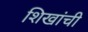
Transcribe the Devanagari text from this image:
शिखांची